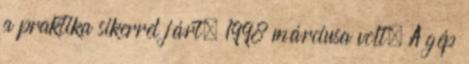
a praktika sikerrel járt. 1998 márciusa volt. A gép